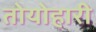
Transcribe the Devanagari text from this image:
तोयोहारी